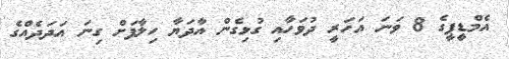
އެމްޑީޕީގެ 8 ވަނަ އަހަރީ ދުވަހާއި ގުޅިގެން އާދަޔާ ހިލާފަށް ގިނަ އަދަދެއްގެ